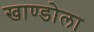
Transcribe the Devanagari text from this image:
खाण्डोला